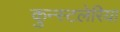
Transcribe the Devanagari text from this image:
कुन्स्टलेरिया